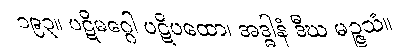
၁၉၃။ ပဋိမဂ္ဂေါ ပဋိပထော၊ အဒ္ဓါနံ ဒီဃ မဉ္ဇသံ။